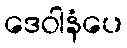
ဒေဝါနံပေ